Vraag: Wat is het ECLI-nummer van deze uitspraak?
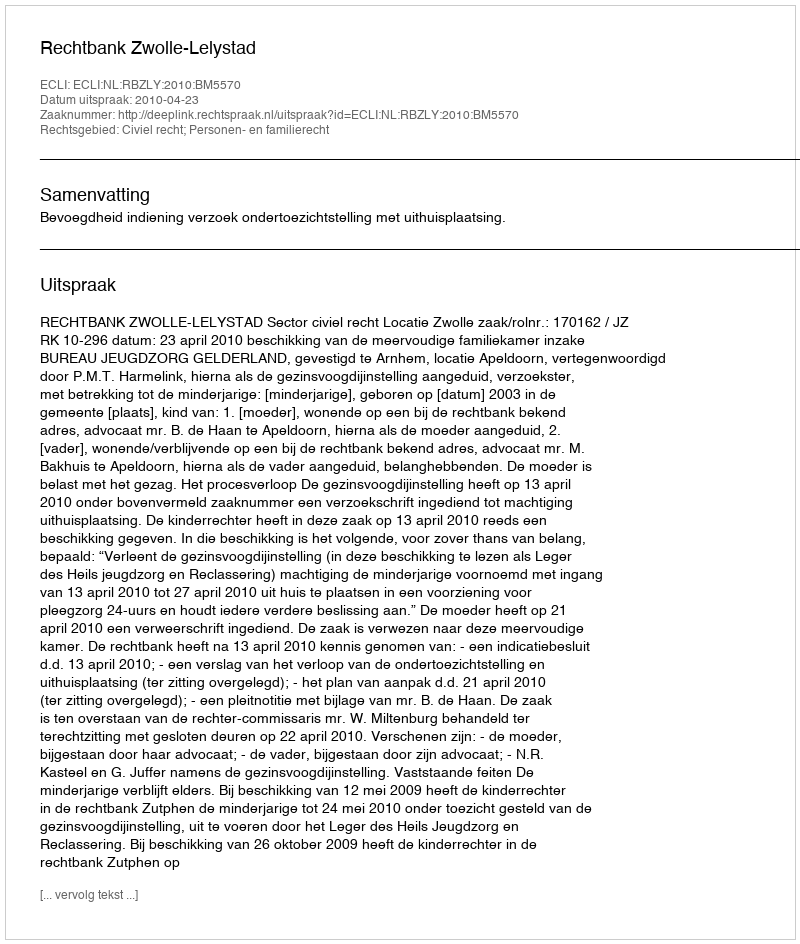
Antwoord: ECLI:NL:RBZLY:2010:BM5570